kultuurilooline_kollektsioon, lk 7
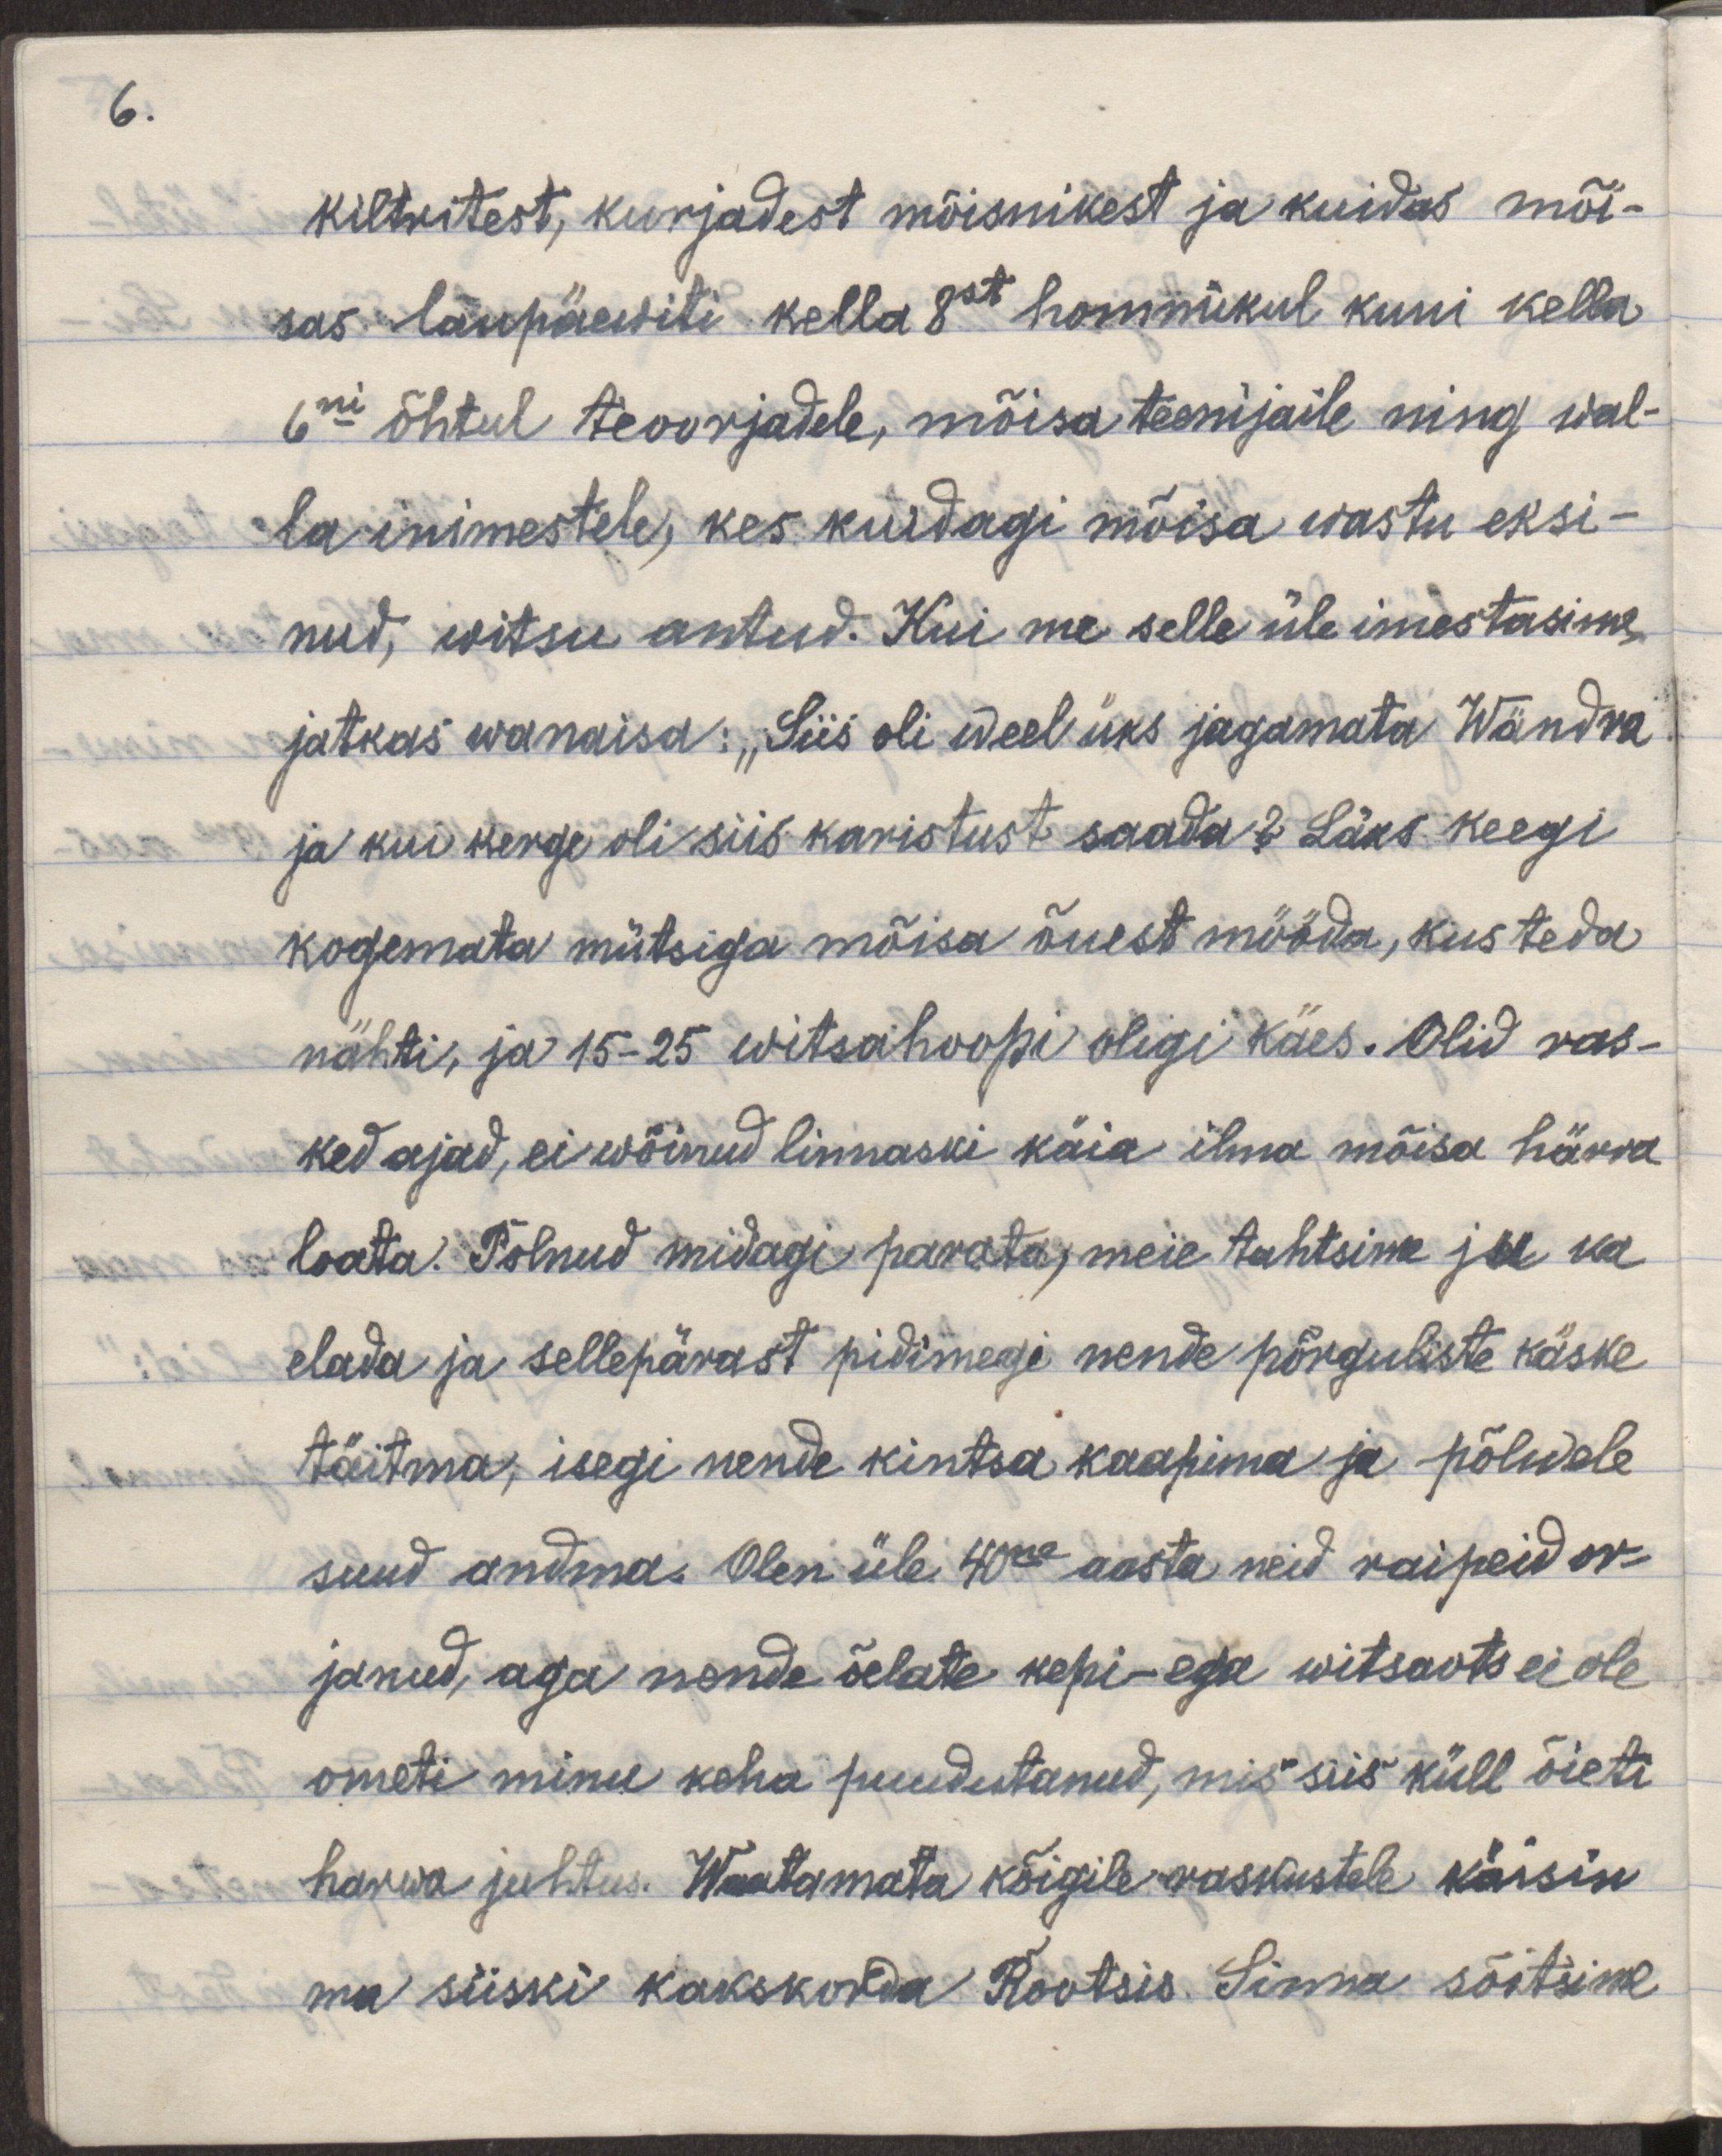
6.

kiltritest, kurjadest mõisnikest ja kuidas mõi-
sas laupäewiti kella 8st hommikul kuni kella
6ni õhtul teoorjadele, mõisa teenijaile ning wal-
la inimestele, kes kuidagi mõisa wastu eksi-
nud, witsu antud. Kui me selle üle imestasime,
jatkas wanaisa: "Siis oli weel üks jagamata Wändra
ja kui kerge oli karistust saada? Läks keegi
kogemata mütsiga mõisa õuest mööda, kus teda
nähti, ja 15-25 vitsahoopi oligi käes. Olid ras-
ked ajad, ei wõinud linnaski käia ilma mõisa härra
loata. Polnud midagi parata, meie tahtsime ju ka
elada ja sellepärast pidimegi nende põrguliste käske
täitma, isegi nende kintsu kaapima ja põlwele?
suud andma. Olen üle 40ne aasta neid raipeid or-
janud, aga nonde õelate kepi- ega witsaots ei ole?
ometi minu keha puudutanud, mis siis küll õieti
harwa juhtus. Waatamata kõigile raskustele käisin
ma siiski kakskorda Rootsis. Sinna sõitsime